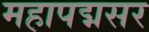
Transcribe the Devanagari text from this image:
महापद्मसर